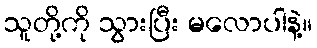
သူတို့ကို သွားပြီး မလောပါနဲ့။